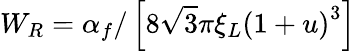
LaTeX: W_{R}=\alpha_{f}/\left[8\sqrt{3}\pi\xi_{L}{\left(1+u\right)^{3}}\right]